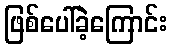
ဖြစ်ပေါ်ခဲ့ကြောင်း